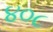
૪૦૮